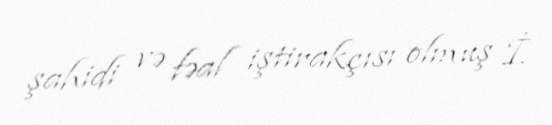
şahidi və fəal iştirakçısı olmuş İ.